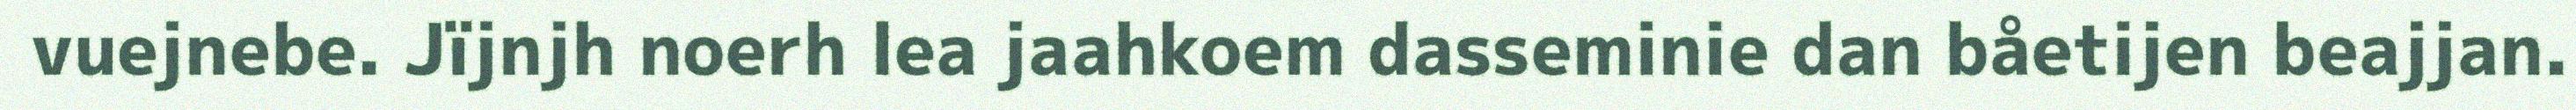
vuejnebe. Jïjnjh noerh lea jaahkoem dasseminie dan båetijen beajjan.